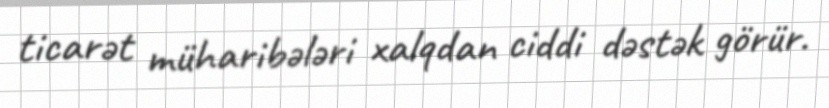
ticarət müharibələri xalqdan ciddi dəstək görür.